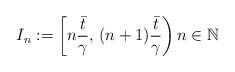
\begin{align*}I_n:=\left[n\dfrac{\bar{t}}{\gamma},\,(n+1)\dfrac{\bar{t}}{\gamma}\right) n \in {\mathbb{N}}\end{align*}